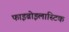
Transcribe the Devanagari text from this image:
फाइब्रोइलास्टिक